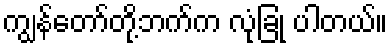
ကျွန်တော်တို့ဘက်က လုံခြုံ ပါတယ်။